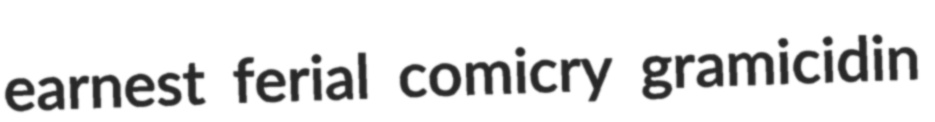
earnest ferial comicry gramicidin